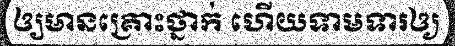
ឲ្យមានគ្រោះថ្នាក់ ហើយទាមទារឲ្យ